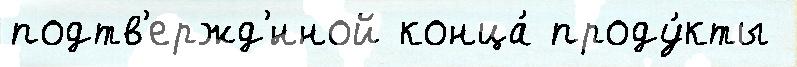
подтв'ержд'́нной конца́ проду́кты